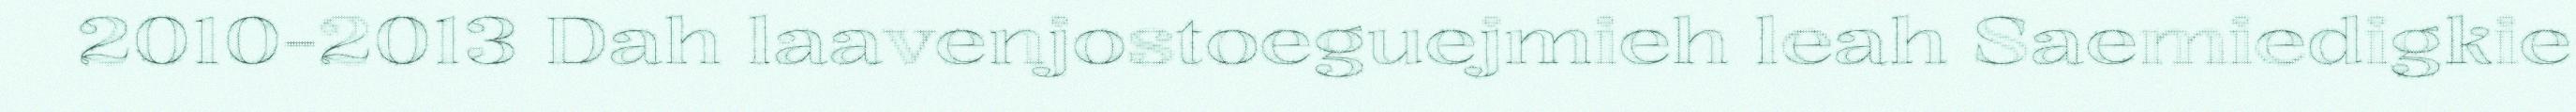
2010-2013 Dah laavenjostoeguejmieh leah Saemiedigkie